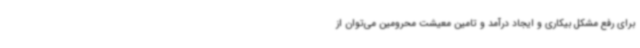
برای رفع مشکل بیکاری و ایجاد درآمد و تامین معیشت محرومین می‌توان از